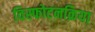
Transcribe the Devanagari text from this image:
विस्फोटनक्रिया